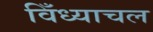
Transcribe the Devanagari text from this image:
विँध्याचल